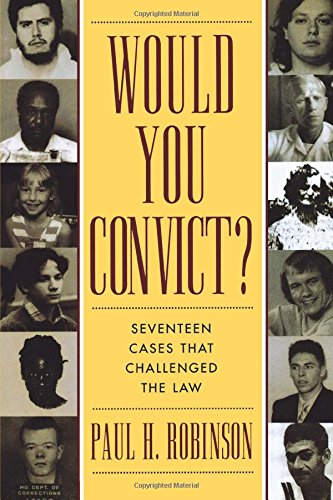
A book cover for Would You Convict?; Paul H. Robinson; Law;